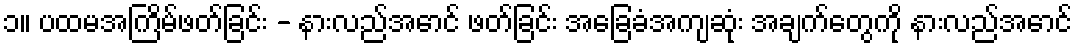
၁။ ပထမအကြိမ်ဖတ်ခြင်း - နားလည်အောင် ဖတ်ခြင်း အခြေခံအကျဆုံး အချက်တွေကို နားလည်အောင်